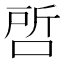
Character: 𭈝